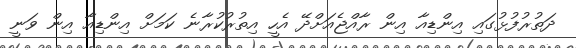
ދަތުރުފުޅުގައި އިންޑިއާ އިން ރާއްޖެއަށްދޭ އެހީ އިތުރުކުރާނެ ކަމަށް އިންޑިއާ އިން ވަނީ